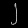
Digit: ၂